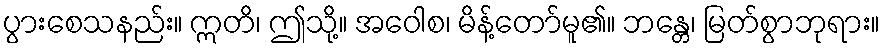
ပွားစေသနည်း။ ဣတိ၊ ဤသို့။ အဝေါစ၊ မိန့်တော်မူ၏။ ဘန္တေ၊ မြတ်စွာဘုရား။